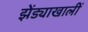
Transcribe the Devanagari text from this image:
झेंड्याखालीं